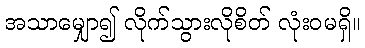
အသာမျှော၍ လိုက်သွားလိုစိတ် လုံးဝမရှိ။